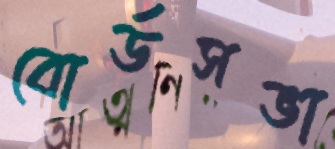
বোর্ডসভা